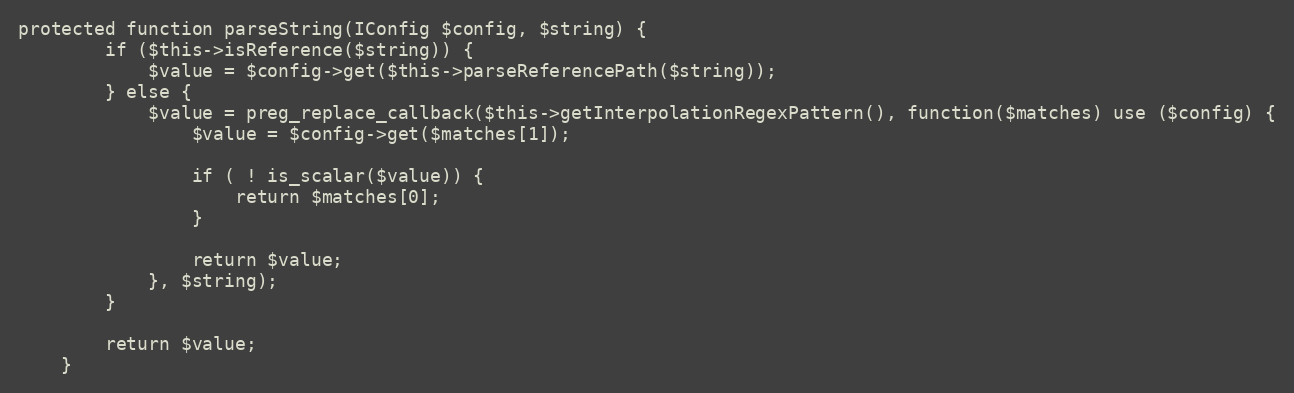
Language: PHP
protected function parseString(IConfig $config, $string) {
        if ($this->isReference($string)) {
            $value = $config->get($this->parseReferencePath($string));
        } else {
            $value = preg_replace_callback($this->getInterpolationRegexPattern(), function($matches) use ($config) {
                $value = $config->get($matches[1]);

                if ( ! is_scalar($value)) {
                    return $matches[0];
                }

                return $value;
            }, $string);
        }

        return $value;
    }